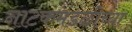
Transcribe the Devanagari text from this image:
नाटकमंडळीच्या